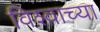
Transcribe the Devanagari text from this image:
विश्‍वाच्‍या